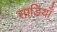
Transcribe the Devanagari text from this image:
साडि़याँ